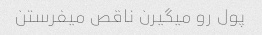
پول رو میگیرن ناقص میفرستن